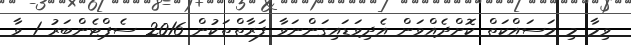
ވިމާ މި މަސައްކަތް ކޮށްދެއްވަން އެދިވަޑައިގަންނަވާ ފަރާތްތަކުން 2016 ސެޕްޓެންބަރު 1 ވާ